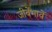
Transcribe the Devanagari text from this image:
जीवेंभावें